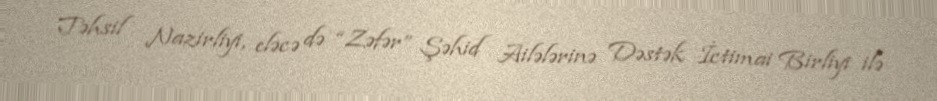
Təhsil Nazirliyi, eləcə də “Zəfər” Şəhid Ailələrinə Dəstək İctimai Birliyi ilə